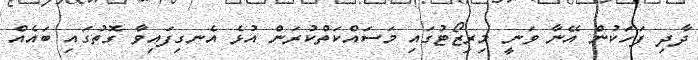
ދާދި ފަހަކުން އޭނާ ވަނީ މިރިޒޯޓުގައި މަސައްކަތްކުރަން އުޅެ އެނގިފައިވާ ގޮތުގައި ބައެއް